Indian journal of veterinary science and animal husbandry - Volume 4,
Year: 1934
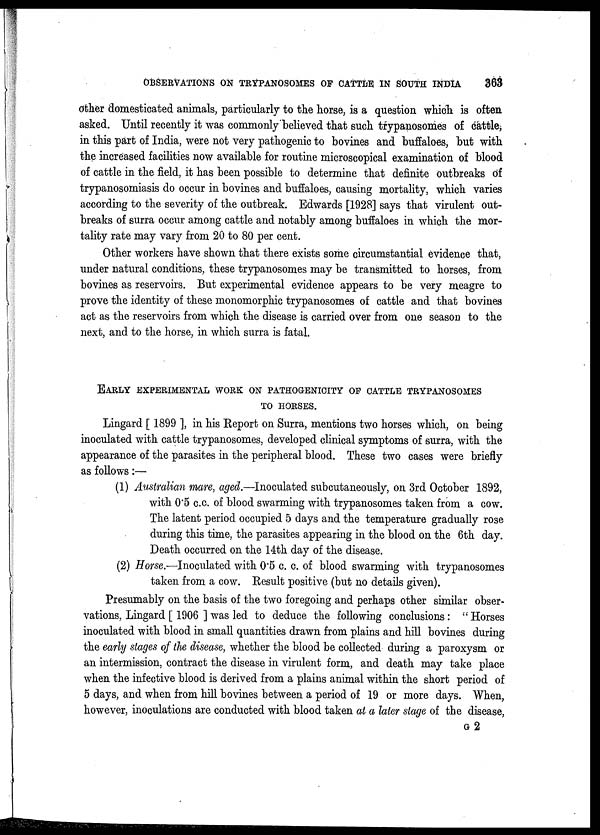
OBSERVATIONS ON TRYPANOSOMES OF CATTLE IN SOUTH INDIA
363
other domesticated animals, particularly to the horse, is a question which is often
asked. Until recently it was commonly believed that such trypanosomes of cattle,
in this part of India, were not very pathogenic to bovines and buffaloes, but with
the increased facilities now available for routine microscopical examination of blood
of cattle in the field, it has been possible to determine that definite outbreaks of
trypanosomiasis do occur in bovines and buffaloes, causing mortality, which varies
according to the severity of the outbreak. Edwards [1928] says that virulent out-
breaks of surra occur among cattle and notably among buffaloes in which the mor-
tality rate may vary from 20 to 80 per cent.
Other workers have shown that there exists some circumstantial evidence that,
under natural conditions, these trypanosomes may be transmitted to horses, from
bovines as reservoirs. But experimental evidence appears to be very meagre to
prove the identity of these monomorphic trypanosomes of cattle and that bovines
act as the reservoirs from which the disease is carried over from one season to the
next, and to the horse, in which surra is fatal.
EARLY EXPERIMENTAL WORK ON PATHOGENICITY OF CATTLE TRYPANOSOMES
TO HORSES.
Lingard [ 1899 ], in his Report on Surra, mentions two horses which, on being
inoculated with cattle trypanosomes, developed clinical symptoms of surra, with the
appearance of the parasites in the peripheral blood. These two cases were briefly
as follows:—
(1) Australian mare, aged.—Inoculated subcutaneously, on 3rd October 1892,
with 0.5 c.c. of blood swarming with trypanosomes taken from a cow.
The latent period occupied 5 days and the temperature gradually rose
during this time, the parasites appearing in the blood on the 6th day.
Death occurred on the 14th day of the disease.
(2) Horse.—Inoculated with 0.5 c. c. of blood swarming with trypanosomes
taken from a cow. Result positive (but no details given).
Presumably on the basis of the two foregoing and perhaps other similar obser-
vations, Lingard [ 1906 ] was led to deduce the following conclusions: "Horses
inoculated with blood in small quantities drawn from plains and hill bovines during
the early stages of the disease, whether the blood be collected during a paroxysm or
an intermission, contract the disease in virulent form, and death may take place
when the infective blood is derived from a plains animal within the short period of
5 days, and when from hill bovines between a period of 19 or more days. When,
however, inoculations are conducted with blood taken at a later stage of the disease,
G 2